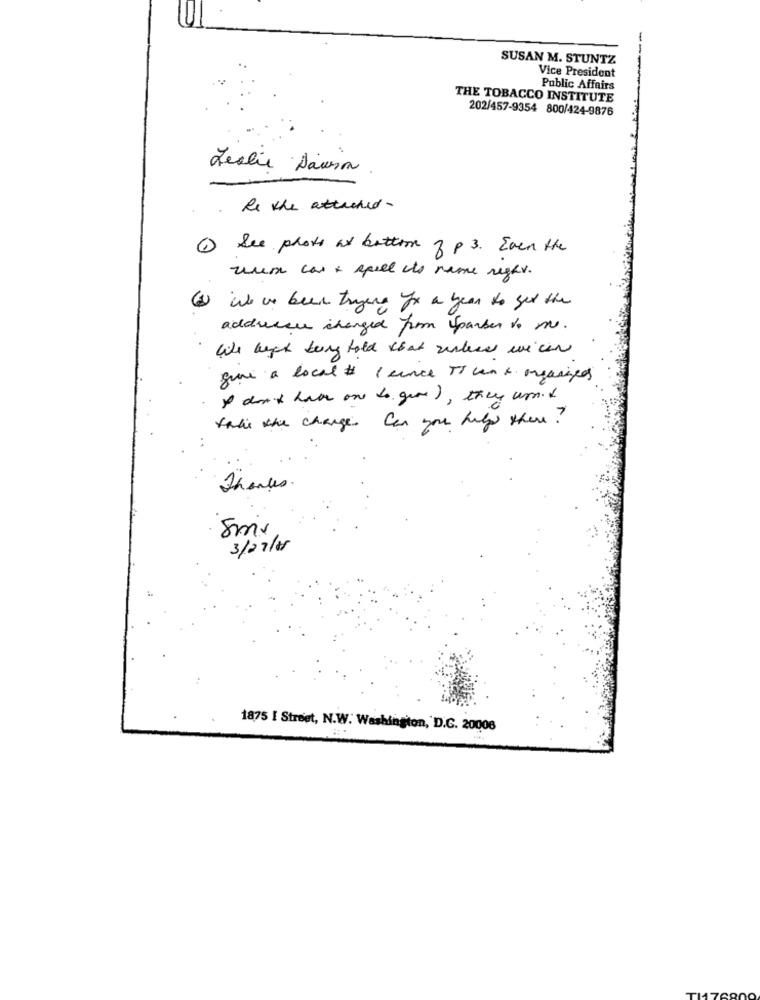
-
SUSAN M. STUNTZ
Vice President
Public Affairs
THE TOBACCO INSTITUTE
202/457-9354 800/424-9876
Leslie Dawin
. Re the attached-
1 See photo as bottom 3 p 3. Even the
rum car + speel its name right.
(4) We ve been trying for a year to get the
address changed from Sparker to me.
Whe bege berg told that wirless wicen
que a local # 1 cence TI con + organizeos
I don't have one to give), they und
takie the change Can you help there ?
Thanks.
3/07/28
1875 I Street, N.W. Washington, D.G. 20006